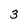
Character: 3